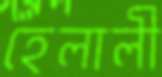
হেলালী